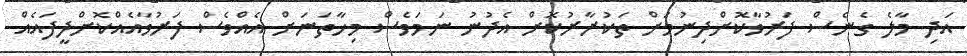
އަދި މާލެ ގެނެސް ފަރުވާކޮށްދިނުމަށް ތަކުރާރުކޮށް އެދުނު ނަމަވެސް މިހާތަނަށް އެއްވެސް ފަރުވާއެއްކޮށްދީފައެއް